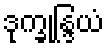
ဒုက္ခုန္ဒြယံ